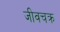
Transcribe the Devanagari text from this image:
जीवचक्र